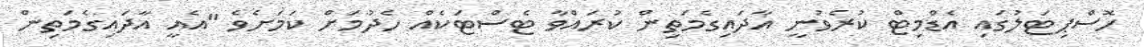
ހޮސްޕިޓަލުގައި އެޑްމިޓް ކުރެވުނީ އާދައިގެމަތިން ކުރައްވާ ޓެސްޓަކެއް ހެދުމަށް ކަމަށެވެ "އެއީ އާދައިގެމަތިން